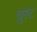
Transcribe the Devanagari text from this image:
वुस्ट